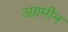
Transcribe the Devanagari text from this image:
अग्रमीन